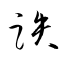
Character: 跌